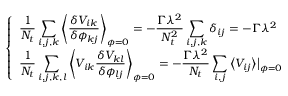
\left\{ \begin{array} { l } { \displaystyle \frac { 1 } { N _ { t } } \sum _ { i , j , k } \left\langle \frac { \delta V _ { i k } } { \delta \phi _ { k j } } \right\rangle _ { \boldsymbol { \phi } = 0 } = - \frac { \Gamma \lambda ^ { 2 } } { N _ { t } ^ { 2 } } \sum _ { i , j , k } \delta _ { i j } = - \Gamma \lambda ^ { 2 } } \\ { \displaystyle \frac { 1 } { N _ { t } } \sum _ { i , j , k , l } \left\langle V _ { i k } \frac { \delta V _ { k l } } { \delta \phi _ { l j } } \right\rangle _ { \boldsymbol { \phi } = 0 } = - \frac { \Gamma \lambda ^ { 2 } } { N _ { t } } \sum _ { i , j } \big \langle V _ { i j } \big \rangle \big | _ { \boldsymbol { \phi } = 0 } } \end{array} \right.